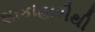
શાકાહારીથી